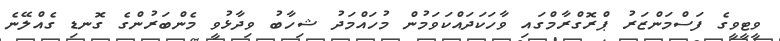
ވީޓީވީގެ ފަސްމަންޒަރު ޕްރޮގްރާމްގައި ވާހަކަދައްކަވަމުން މުހައްމަދު ޝިހާބު ވިދާޅުވީ މެންބަރުންގެ ގޮނޑި ގެއްލޭނެ